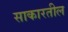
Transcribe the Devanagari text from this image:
साकारतील